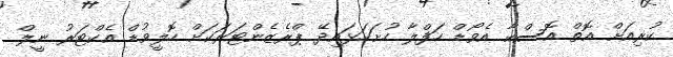
ކުރިއަށް އޮތް އޮސްކާ އެވޯޑް ހަފްލާ ހުށަހަޅައިދޭ ޕްރެޒެންޓަރަކަށް ހޮލީވުޑް އެކްޓަރު ނީލް